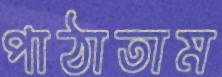
পাঠাতাম